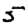
Digit: 5